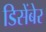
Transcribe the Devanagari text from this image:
डिसेंबेर